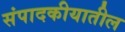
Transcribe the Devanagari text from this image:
संपादकीयातील